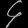
Digit: ၄